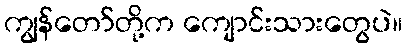
ကျွန်တော်တို့က ကျောင်းသားတွေပဲ။